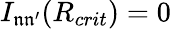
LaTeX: I_{\mathfrak{n}\mathfrak{n^{\prime}}}(R_{crit})=0